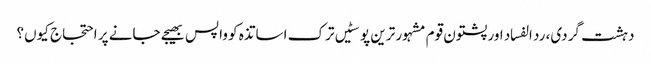
دہشت گردی، رد الفساد اور پشتون قوم	مشہور ترین پوسٹیں	ترک اساتذہ کو واپس بھیجے جانے پر احتجاج کیوں؟